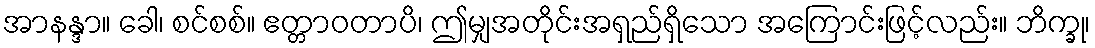
အာနန္ဒာ။ ခေါ၊ စင်စစ်။ ဧတ္တာဝတာပိ၊ ဤမျှအတိုင်းအရှည်ရှိသော အကြောင်းဖြင့်လည်း။ ဘိက္ခု၊